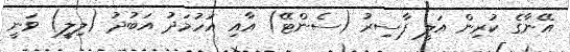
އޭނާގެ ކުރިން އަލީ ފާސިރު (ސެންޓޭ) އާއި އަހުމަދު އަބުދު (ލިލީ) ވަނީ